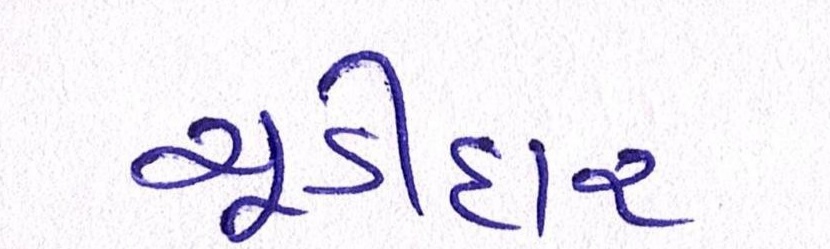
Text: ચૂડીદાર